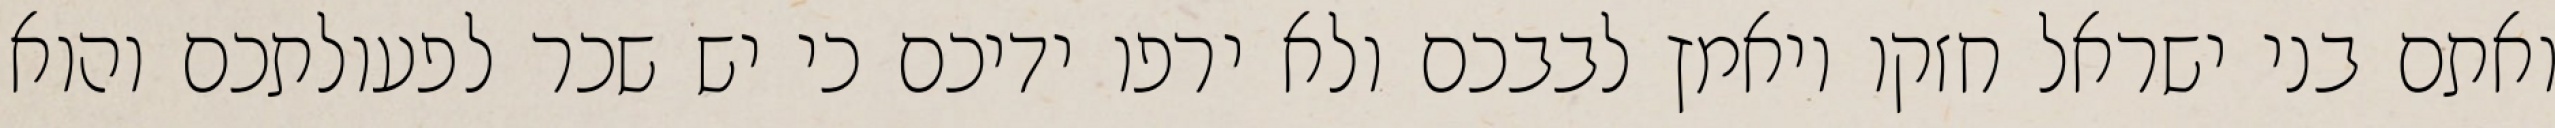
ואתם בני ישראל חזקו ויאמץ לבבכם ולא ירפו ידיכם כי יש שכר לפעולתכם והוא